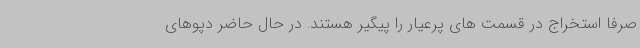
صرفاً استخراج در قسمت های پرعیار را پیگیر هستند. در حال حاضر دپوهای